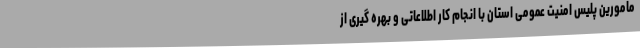
مامورین پلیس امنیت عمومی استان با انجام کار اطلاعاتی و بهره گیری از